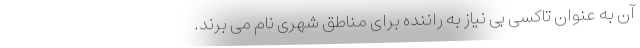
آن به عنوان تاکسی بی نیاز به راننده برای مناطق شهری نام می برند.